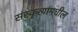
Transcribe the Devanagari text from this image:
संस्कृत्यांमधील